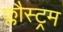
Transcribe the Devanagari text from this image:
क्लौस्ट्रम